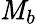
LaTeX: \textbf{\textit{M}}_{b}